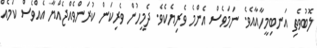
ލޮބުވެތި އަނބިމީހާއާއެވެ. ނަމަވެސް އެންމެ ވެރިޔެކެވެ. ދެމީހުން ވެރިކަން ކުރަންވެއްޖެއްޔާ އެއްވެސް ކަމެއް